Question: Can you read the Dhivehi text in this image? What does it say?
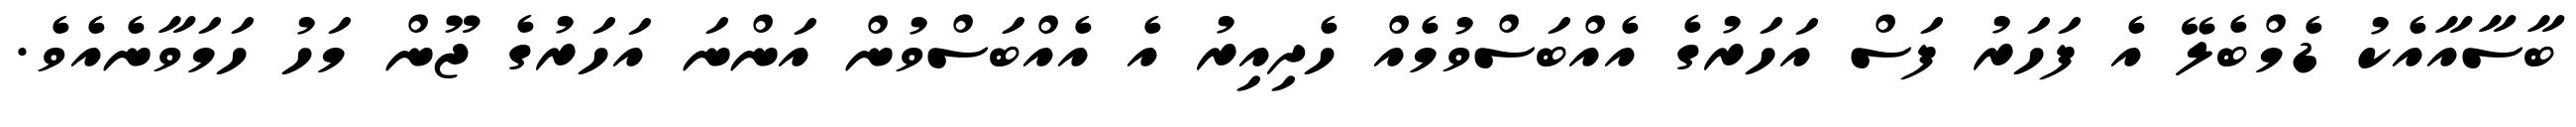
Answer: ބާސާއާއެކު ޑެމްބެލޭ އެ ފަހަރު ފަސް އަހަރުގެ އެއްބަސްވުމެއް ހެދިއިރު އެ އެއްބަސްވުން އަންނަ އަހަރުގެ ޖޫން މަހު ހަމަވާނެއެވެ.